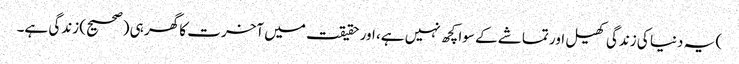
) یہ دنیا کی زندگی کھیل اور تماشے کے سوا کچھ نہیں ہے، اور حقیقت میں آخرت کا گھر ہی (صحیح) زندگی ہے۔